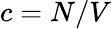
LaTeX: c=N/V